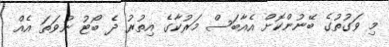
މި ވަގުތުގެ ބޭނުންކޮށް އެއާބަސް މަރުކާގެ އިތުރު ދެ ބޯޓު ނުވަތަ އެއް